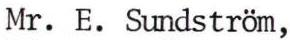
Mr. E. Sundstrom,